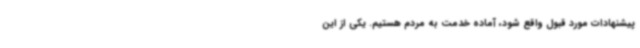
پیشنهادات مورد قبول واقع شود، آماده خدمت به مردم هستیم. یکی از این